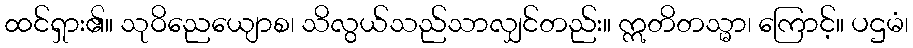
ထင်ရှား၏။ သုဝိညေယျောစ၊ သိလွယ်သည်သာလျှင်တည်း။ ဣတိတသ္မာ၊ ကြောင့်။ ပဌမံ၊